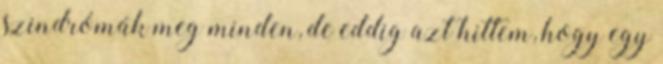
szindrómák meg minden, de eddig azt hittem, hogy egy